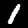
Digit: 1